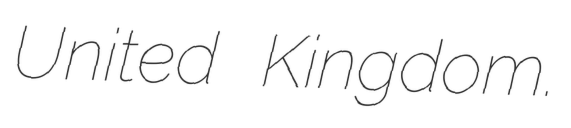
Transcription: United Kingdom.